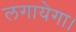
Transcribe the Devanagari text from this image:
लगायेगा।